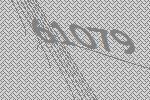
61079